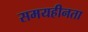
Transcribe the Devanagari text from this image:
समयहीनता